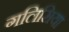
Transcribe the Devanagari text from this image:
गलिसिया